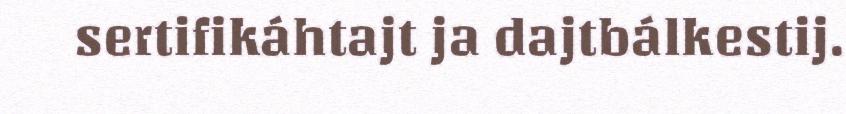
sertifikáhtajt ja dajtbálkestij.